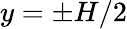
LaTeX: y=\pm H/2